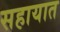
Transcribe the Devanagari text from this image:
सहायात